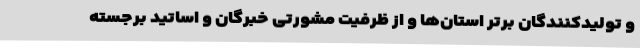
و تولیدکنندگان برتر استان‌ها و از ظرفیت مشورتی خبرگان و اساتید برجسته